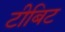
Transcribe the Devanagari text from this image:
टीबिट